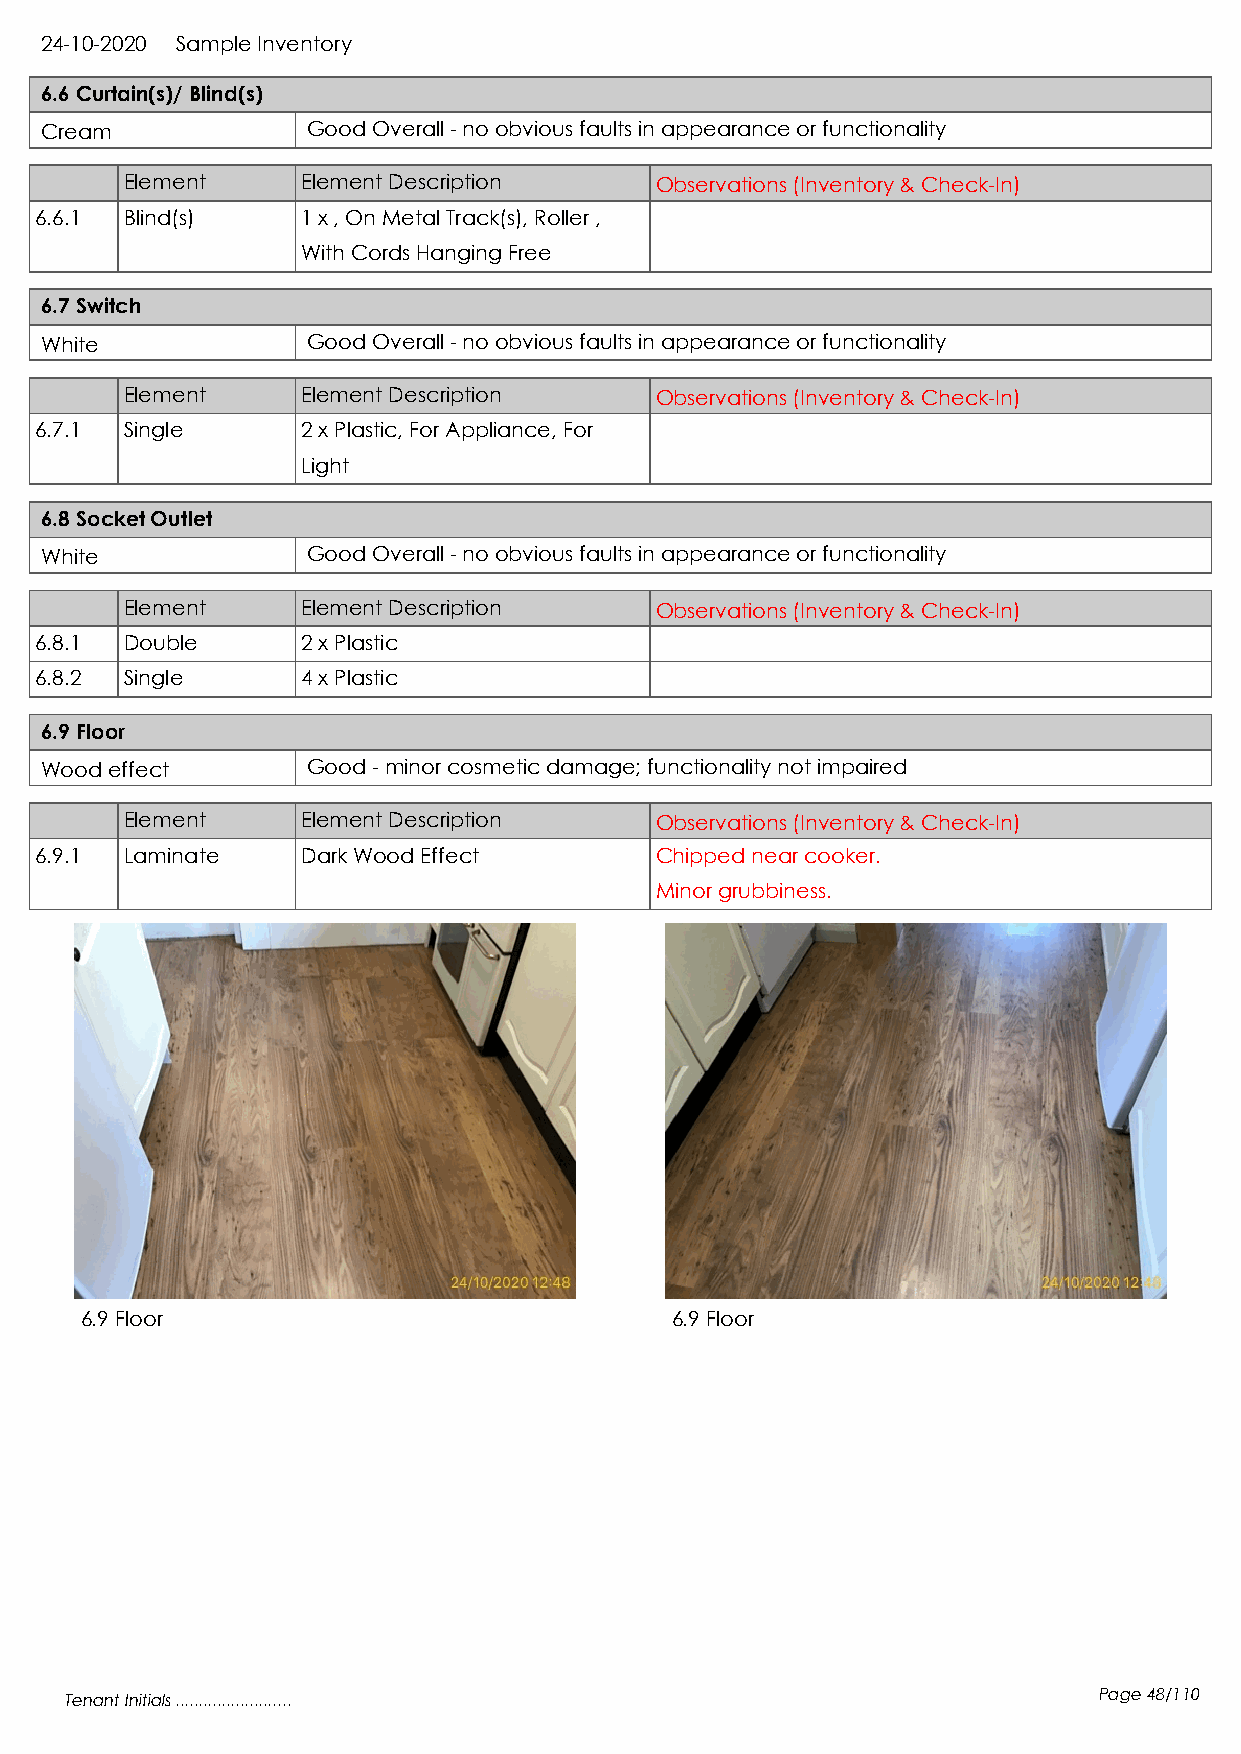
24-10-2020 Sample Inventory
 6.6 Curtain(s)/ Blind(s)
 Cream            Good Overall - no obvious faults in appearance or functionality
 Element     Element Description    Observations (Inventory & Check-In)
 6.6.1 Blind(s)    1 x , On Metal Track(s), Roller ,
 With Cords Hanging Free
 6.7 Switch
 White            Good Overall - no obvious faults in appearance or functionality
 Element     Element Description    Observations (Inventory & Check-In)
 6.7.1 Single      2 x Plastic, For Appliance, For
 Light
 6.8 Socket Outlet
 White            Good Overall - no obvious faults in appearance or functionality
 Element     Element Description    Observations (Inventory & Check-In)
 6.8.1 Double      2 x Plastic
 6.8.2 Single      4 x Plastic
 6.9 Floor
 Wood effect      Good - minor cosmetic damage; functionality not impaired
 Element     Element Description    Observations (Inventory & Check-In)
 6.9.1 Laminate    Dark Wood Effect       Chipped near cooker.
 Minor grubbiness.
 6.9 Floor                              6.9 Floor
 Tenant Initials .........................                            Page 48/110